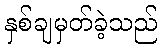
နှစ်ချမှတ်ခဲ့သည်